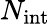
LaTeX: N_{\mathrm{int}}